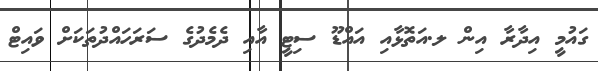
ގައުމީ އިދާރާ އިން ލ.އަތޮޅާއި އައްޑޫ ސިޓީ އާއި ދެމެދުގެ ސަރަހައްދުތަކަށް ވައިޓް